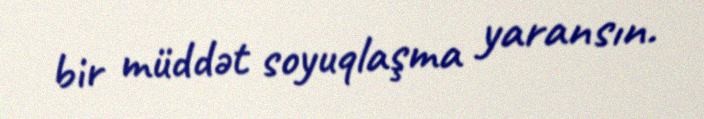
bir müddət soyuqlaşma yaransın.